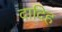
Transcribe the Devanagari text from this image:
दादिह